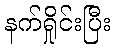
နက်ရှိုင်းပြီး